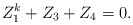
\begin{align*} Z_1^k+Z_3+Z_4=0.\end{align*}